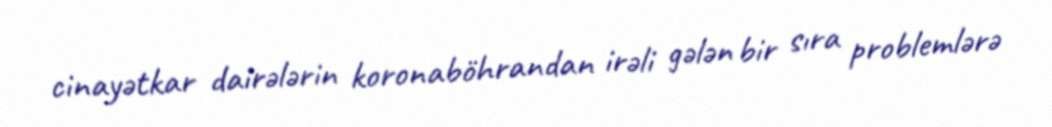
cinayətkar dairələrin koronaböhrandan irəli gələn bir sıra problemlərə